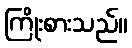
ကြိုးစားသည်။